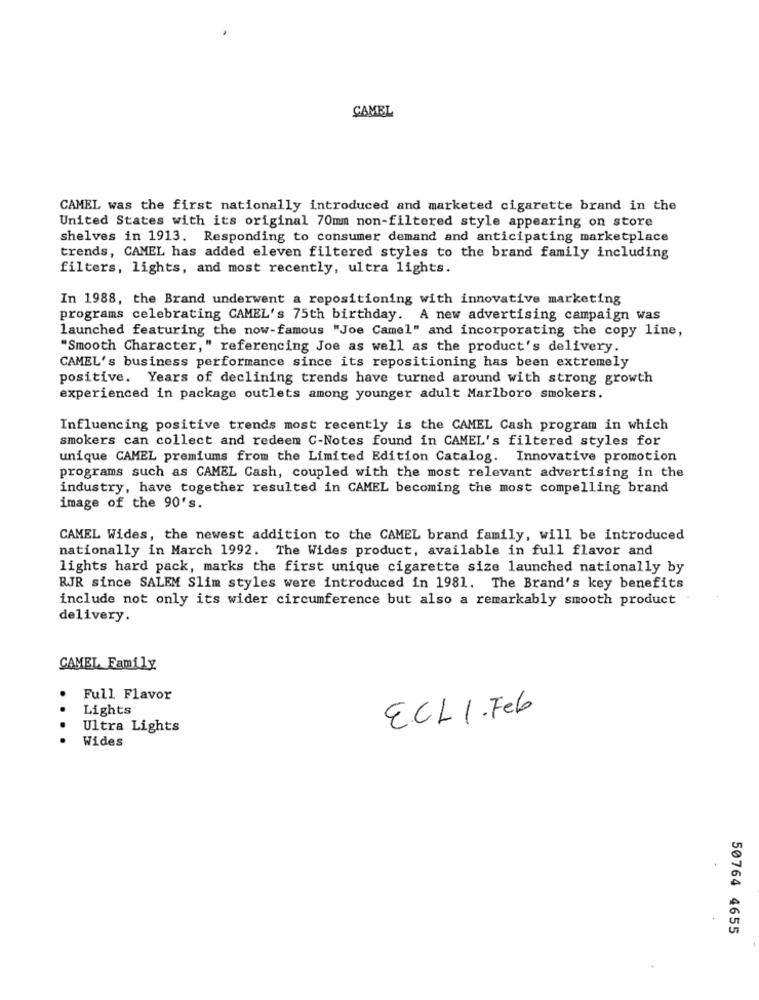
CAMEL
CAMEL was the first nationally introduced and marketed cigarette brand in the
United States with its original 70mm non-filtered style appearing on store
shelves in 1913. Responding to consumer demand and anticipating marketplace
trends, CAMEL has added eleven filtered styles to the brand family including
filters, lights, and most recently, ultra lights.
In 1988, the Brand underwent a repositioning with innovative marketing
programs celebrating CAMEL's 75th birthday. A new advertising campaign was
launched featuring the now-famous "Joe Camel" and incorporating the copy line,
"Smooth Character," referencing Joe as well as the product's delivery.
CAMEL's business performance since its repositioning has been extremely
positive. Years of declining trends have turned around with strong growth
experienced in package outlets among younger adult Marlboro smokers.
Influencing positive trends most recently is the CAMEL Cash program in which
smokers can collect and redeem C-Notes found in CAMEL's filtered styles for
unique CAMEL premiums from the Limited Edition Catalog. Innovative promotion
programs such as CAMEL Cash, coupled with the most relevant advertising in the
industry, have together resulted in CAMEL becoming the most compelling brand
image of the 90's.
CAMEL Wides, the newest addition to the CAMEL brand family, will be introduced
nationally in March 1992. The Wides product, available in full flavor and
lights hard pack, marks the first unique cigarette size launched nationally by
RJR since SALEM Slim styles were introduced in 1981. The Brand's key benefits
include not only its wider circumference but also a remarkably smooth product
delivery.
CAMEL Family
Full Flavor
Lights
E.CLI.Feb
Ultra Lights
Wides
50764 4655